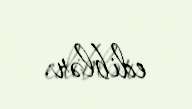
ediblər.